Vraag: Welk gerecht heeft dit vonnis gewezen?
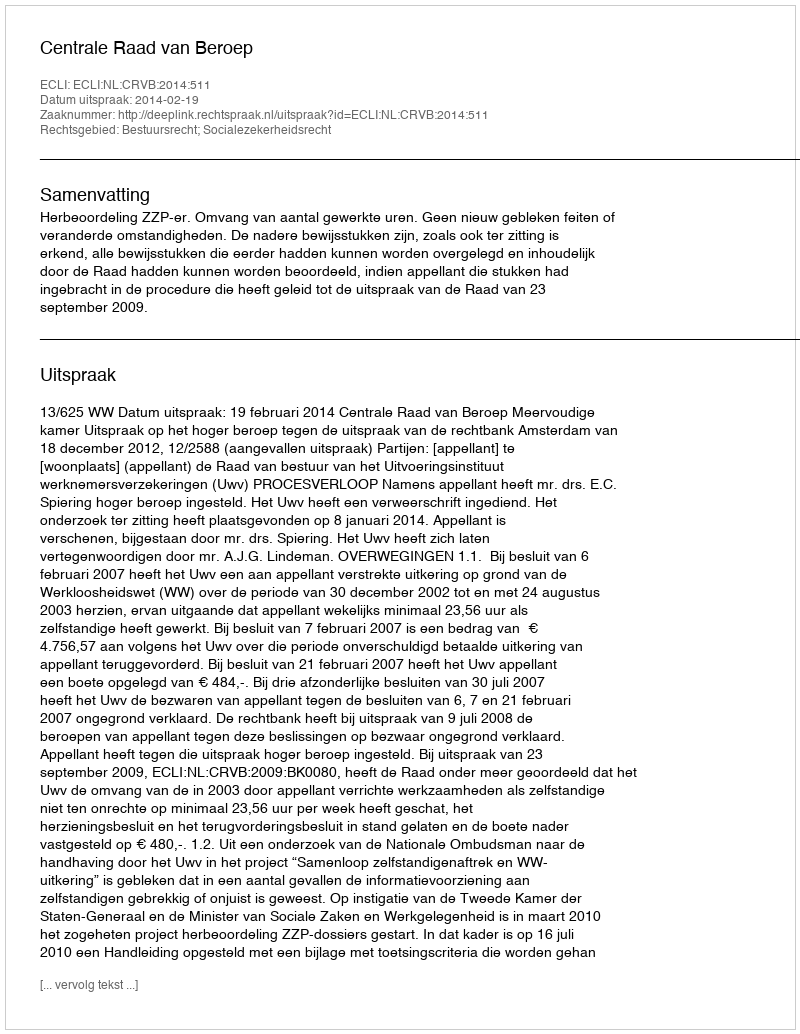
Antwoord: Centrale Raad van Beroep